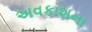
અવકાશના